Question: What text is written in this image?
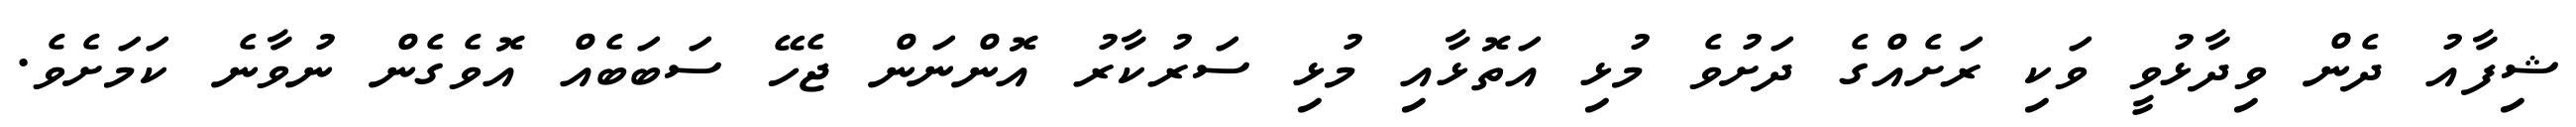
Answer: ޝިފާއު ދެން ވިދާޅުވީ ވަކި ރަށެއްގެ ދަށުވެ މުޅި އަތޮޅާއި މުޅި ސަރުކާރު އޮންނަން ޖެހޭ ސަބަބެއް އޮވެގެން ނުވާނެ ކަމަށެވެ.